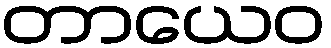
တာယေဝ